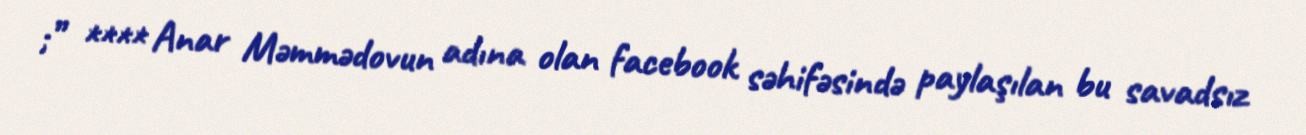
;” **** Anar Məmmədovun adına olan facebook səhifəsində paylaşılan bu savadsız